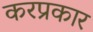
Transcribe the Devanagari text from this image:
करप्रकार